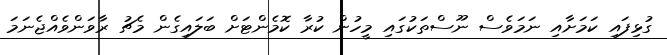
ގުޅިފައި ކަމަށާއި ނަމަވެސް ނޫސްތަކުގައި މީހުން ކުރާ ކޮމެންޓަށް ބަލައިގެން މެޗު ރާވަންވެއްޖެނަމަ